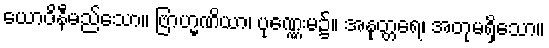
ယောဝိနီမည်သော။ ဗြာဟ္မဏိယာ၊ ပုဏ္ဏေးမ၌။ အနုတ္တရေ၊ အတုမရှိသော။